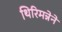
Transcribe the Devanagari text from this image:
थिरिमन्नेने